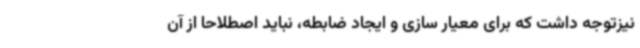
نیزتوجه داشت که برای معیار سازی و ایجاد ضابطه، نباید اصطلاحاً از آن